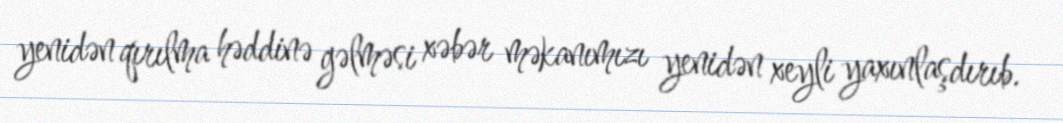
yenidən qırılma həddinə gəlməsi xəbər məkanımızı yenidən xeyli yaxınlaşdırıb.